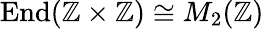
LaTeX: \operatorname{End}(\mathbb{Z}\times\mathbb{Z})\cong M_{2}(\mathbb{Z})